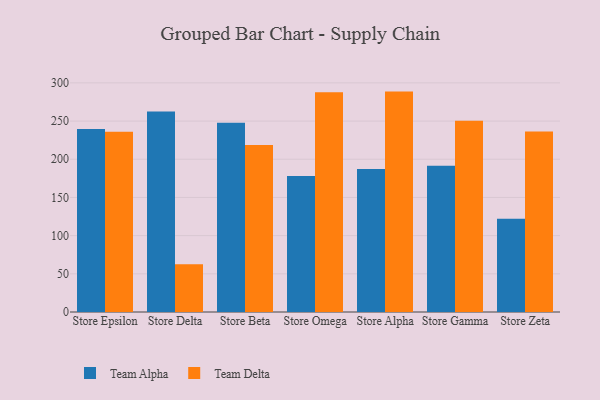
{"axis": {"x": "Store", "y": "Active Users"}, "legend": ["Team Alpha", "Team Delta"], "data": [{"x": "Store Epsilon", "y": 239.6, "type": "Team Alpha"}, {"x": "Store Epsilon", "y": 236.1, "type": "Team Delta"}, {"x": "Store Delta", "y": 262.4, "type": "Team Alpha"}, {"x": "Store Delta", "y": 62.5, "type": "Team Delta"}, {"x": "Store Beta", "y": 247.7, "type": "Team Alpha"}, {"x": "Store Beta", "y": 218.8, "type": "Team Delta"}, {"x": "Store Omega", "y": 178.1, "type": "Team Alpha"}, {"x": "Store Omega", "y": 287.8, "type": "Team Delta"}, {"x": "Store Alpha", "y": 187.3, "type": "Team Alpha"}, {"x": "Store Alpha", "y": 288.6, "type": "Team Delta"}, {"x": "Store Gamma", "y": 191.5, "type": "Team Alpha"}, {"x": "Store Gamma", "y": 250.4, "type": "Team Delta"}, {"x": "Store Zeta", "y": 122.2, "type": "Team Alpha"}, {"x": "Store Zeta", "y": 236.3, "type": "Team Delta"}]}